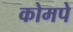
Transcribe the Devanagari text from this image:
कोमपे